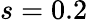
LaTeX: s=0.2